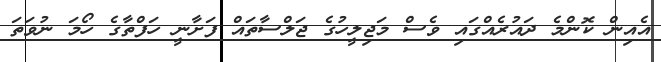
އެއިން ކޮންމެ ދައުރެއްގައި ވެސް މަޖިލީހުގެ ޖަލްސާތައް ފަށާނީ ހަފްތާގެ ހޯމަ ނުވަތަ